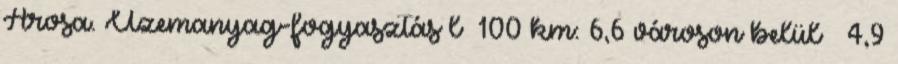
Arosa. Üzemanyag-fogyasztás l 100 km: 6,6 városon belül 4,9